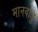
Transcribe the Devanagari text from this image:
मानवाडु